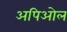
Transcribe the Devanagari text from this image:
अपिओल